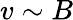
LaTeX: v\sim B